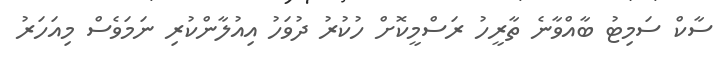
ސާކް ސަމިޓު ބާއްވާނެ ތާރީހު ރަސްމީކޮށް ހުކުރު ދުވަހު އިއުލާންކުރި ނަމަވެސް މިއަހަރު